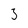
Character: 3